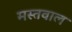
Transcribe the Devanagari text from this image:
मस्तवाल